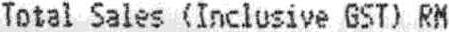
TOTAL SALES (INCLUSIVE GST) RM